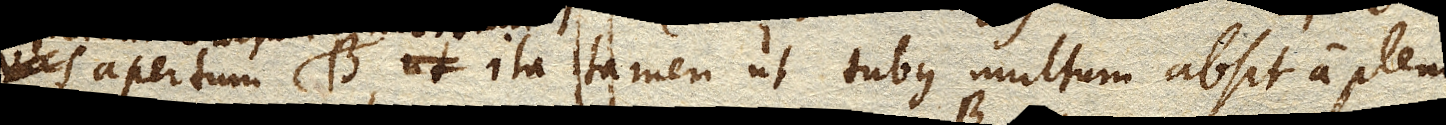
vas apertum B. ita tamen ut tubus multum absit a pleno